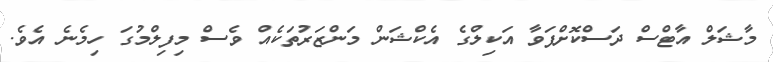
މާޝަލް އާޓްސް ދަސްކޮށްފަވާ އަކިލްގެ އެކްޝަން މަންޒަރުތަކެއް ވެސް މިފިލްމުގަ ހިމެނެ އެވެ.